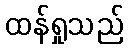
ထန်ရှုသည်